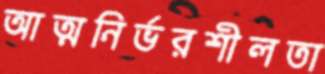
আত্মনির্ভরশীলতা